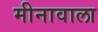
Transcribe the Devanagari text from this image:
मीनावाला